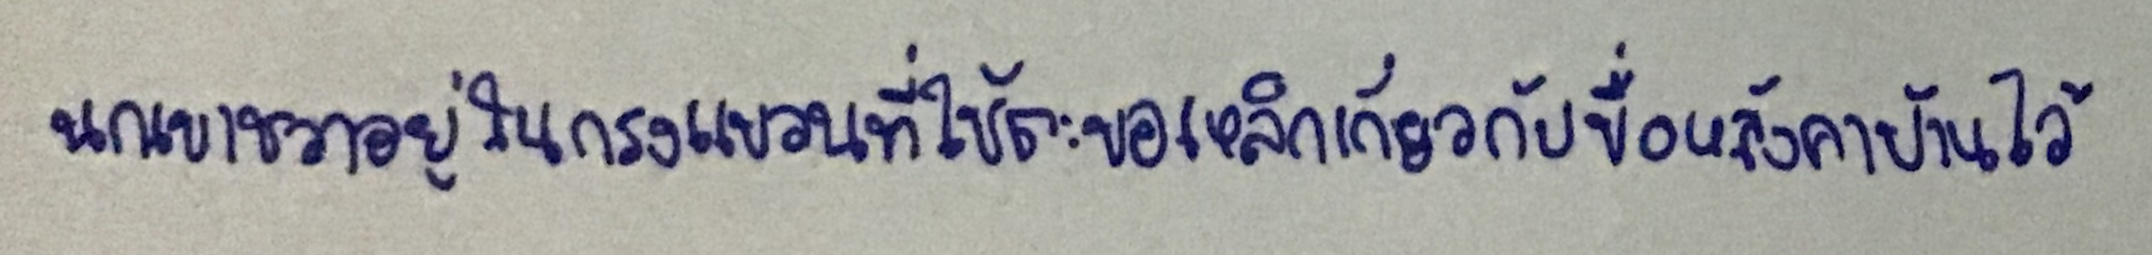
นกเขาชวาอยู่ในกรงแขวนที่ใช้ตะขอเหล็กเกี่ยวกับขื่อหลังคาบ้านไว้